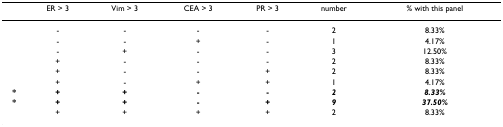
<table><thead><tr><td></td><td><b>ER &gt; 3</b></td><td><b>Vim &gt; 3</b></td><td><b>CEA &gt; 3</b></td><td><b>PR &gt; 3</b></td><td><b>number</b></td><td><b>% with this panel</b></td></tr></thead><tbody><tr><td></td><td>-</td><td>-</td><td>-</td><td>-</td><td>2</td><td>8.33%</td></tr><tr><td></td><td>-</td><td>-</td><td>+</td><td>-</td><td>1</td><td>4.17%</td></tr><tr><td></td><td>-</td><td>+</td><td>-</td><td>-</td><td>3</td><td>12.50%</td></tr><tr><td></td><td>+</td><td>-</td><td>-</td><td>-</td><td>2</td><td>8.33%</td></tr><tr><td></td><td>+</td><td>-</td><td>-</td><td>+</td><td>2</td><td>8.33%</td></tr><tr><td></td><td>+</td><td>-</td><td>+</td><td>+</td><td>1</td><td>4.17%</td></tr><tr><td><b>*</b></td><td><b>+</b></td><td><b>+</b></td><td><b>-</b></td><td><b>-</b></td><td><b><i>2</i></b></td><td><b><i>8.33%</i></b></td></tr><tr><td><b>*</b></td><td><b>+</b></td><td><b>+</b></td><td><b>-</b></td><td><b>+</b></td><td><b><i>9</i></b></td><td><b><i>37.50%</i></b></td></tr><tr><td></td><td>+</td><td>+</td><td>+</td><td>+</td><td>2</td><td>8.33%</td></tr></tbody></table>